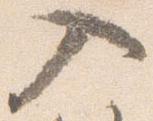
入